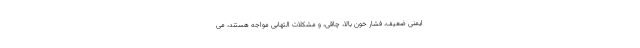
ایمنی ضعیف، فشار خون بالا، چاقی، و مشکلات التهابی مواجه هستند، می